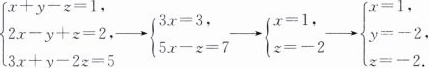
$$\begin{matrix}x+y-z=1, \\ x+y-z=-2, \\ x+y-z=2, \\ \end{matrix}$$